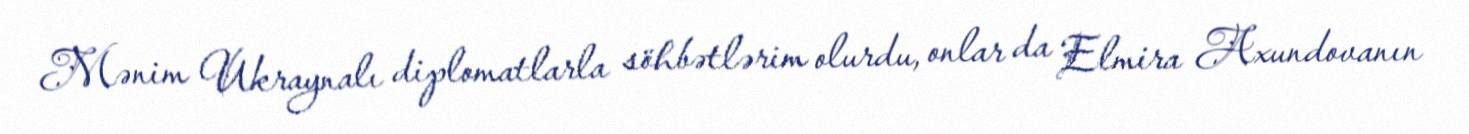
Mənim Ukraynalı diplomatlarla söhbətlərim olurdu, onlar da Elmira Axundovanın